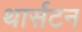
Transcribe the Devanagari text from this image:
थार्सटन